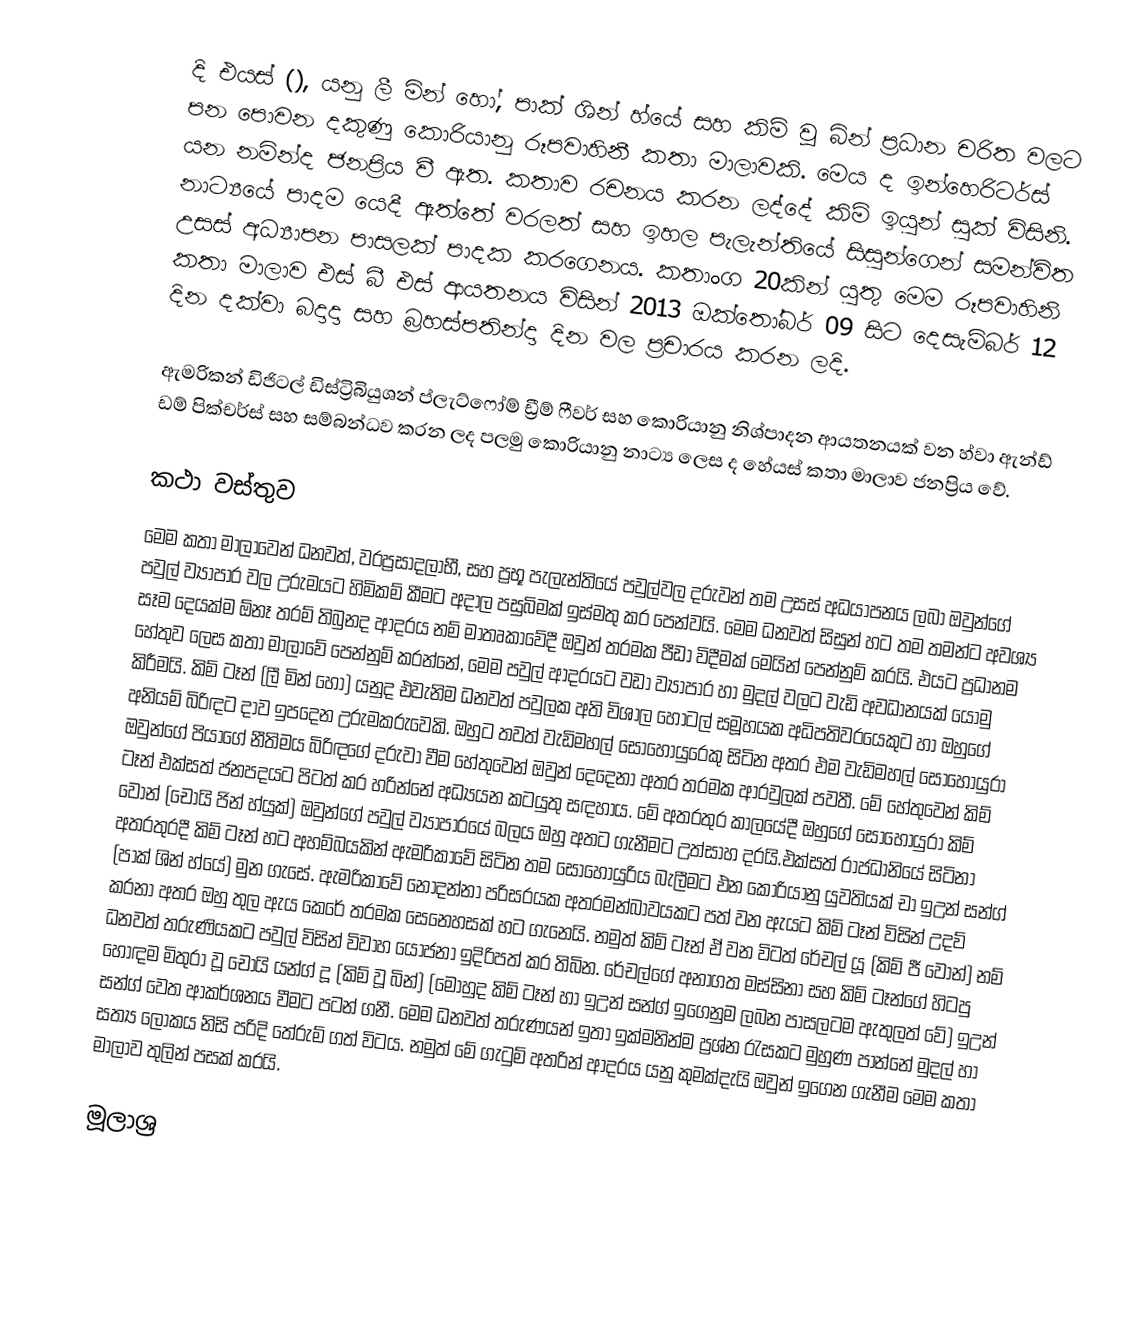
දි එයස් (), යනු ලී මින් හෝ, පාක් ශින් හ්යේ සහ කිම් වූ බින් ප්‍රධාන චරිත වලට පන පොවන දකුණු කොරියානු රූපවාහිනී කතා මාලාවකි. මෙය ද ඉන්හෙරිටර්ස් යන නමින්ද ජනප්‍රිය වී ඇත. කතාව රචනය කරන ලද්දේ කිම් ඉයුන් සුක් විසිනි. නාට්‍යයේ පාදම යෙදී ඇත්තේ වරලත් සහ ඉහල පැලැන්තියේ සිසුන්ගෙන් සමන්විත උසස් අධ්‍යාපන පාසලක් පාදක කරගෙනය. කතාංග 20කින් යුතු මෙම රූපවාහිනි කතා මාලාව එස් බී එස් ආයතනය විසින් 2013 ඔක්තෝබර් 09 සිට දෙසැම්බර් 12 දින දක්වා බදාදා සහ බ්‍රහස්පතින්දා දින වල ප්‍රචාරය කරන ලදි.

ඇමරිකන් ඩිජිටල් ඩිස්ට්‍රිබියුශන් ප්ලැට්ෆෝම් ඩ්‍රීම් ෆීවර් සහ කොරියානු නිශ්පාදන ආයතනයක් වන හ්වා ඇන්ඩ් ඩම් පික්චර්ස් සහ සම්බන්ධව කරන ලද පලමු කොරියානු නාට්‍ය ලෙස ද හේයස් කතා මාලාව ජනප්‍රිය වේ.

කථා වස්තුව
මෙම කතා මාලාවෙන් ධනවත්, වරප්‍රසාදලාභී, සහ ප්‍රභූ පැලැන්තියේ පවුල්වල දරුවන් තම උසස් අධයාපනය ලබා ඔවුන්ගේ පවුල් ව්‍යාපාර වල උරුමයට හිමිකම් කීමට අදාල පසුබිමක් ඉස්මතු කර පෙන්වයි. මෙම ධනවත් සිසුන් හට තම තමන්ට අවශ්‍ය සෑම දෙයක්ම ඕනෑ තරම් තිබුනද ආදරය නම් මාතෘකාවේදී ඔවුන්  තරමක පීඩා විදීමක් මෙයින් පෙන්නුම් කරයි. එයට ප්‍රධානම හේතුව ලෙස කතා මාලාවේ පෙන්නුම් කරන්නේ, මෙම පවුල් ආදරයට වඩා ව්‍යාපාර හා මුදල් වලට වැඩි අවධානයක් යොමු කිරීමයි. කිම් ටෑන් (ලී මින් හෝ) යනුද එවැනිම ධනවත් පවුලක අති විශාල හෝටල් සමූහයක අධිපතිවරයෙකුට හා ඔහුගේ අනියම් බිරිඳට දාව ඉපදෙන උරුමකරුවෙකි. ඔහුට තවත් වැඩිමහල් සොහොයුරෙකු සිටින අතර එම වැඩිමහල් සොහොයුරා ඔවුන්ගේ පියාගේ නීතිමය බිරිඳගේ දරුවා වීම හේතුවෙන් ඔවුන් දෙදෙනා අතර තරමක ආරවුලක් පවතී. මේ හේතුවෙන් කිම් ටෑන් එක්සත් ජනපදයට පිටත් කර හරින්නේ අධ්‍යයන කටයුතු සඳහාය. මේ අතරතුර කාලයේදී ඔහුගේ සොහොයුරා කිම් වොන් (චෝයි ජින් හ්යුක්) ඔවුන්ගේ පවුල් ව්‍යාපාරයේ බලය ඔහු අතට ගැනීමට උත්සාහ දරයි.එක්සත් රාජධානියේ සිටිනා අතරතුරදී කිම් ටෑන් හට අහම්බයකින් ඇමරිකාවේ සිටින තම සොහොයුරිය බැලීමට එන කොරියානු යුවතියක් චා ඉඋන් සන්ග් (පාක් ශින් හ්යේ) මුන ගැසේ. ඇමරිකාවේ නොදන්නා පරිසරයක අතරමන්බාවයකට පත් වන ඇයට කිම් ටෑන් විසින් උදව් කරනා අතර ඔහු තුල ඇය කෙරේ තරමක සෙනෙහසක් හට ගැනෙයි. නමුත් කිම් ටෑන් ඒ වන විටත් රේචල් යූ (කිම් ජී වොන්) නම් ධනවත් තරුණියකට පවුල් විසින් විවාහ යෝජනා ඉදිරිපත් කර තිබින. රේචල්ගේ අනාගත මස්සිනා සහ කිම් ටෑන්ගේ හිටපු හොඳම මිතුරා වූ චෝයි යන්ග් දූ (කිම් වූ බින්) (මොහුද කිම් ටෑන් හා ඉඋන් සන්ග් ඉගෙනුම ලබන පාසලටම ඇතුලත් වේ) ඉඋන් සන්ග් වෙත ආකර්ශනය වීමට පටන් ගනී. මෙම ධනවත් තරුණයන් ඉතා ඉක්මනින්ම ප්‍රශ්න රැසකට මුහුණ පාන්නේ මුදල් හා සත්‍ය ලෝකය නිසි පරිදි තේරුම් ගත් විටය. නමුත් මේ ගැටුම් අතරින් ආදරය යනු කුමක්දැයි ඔවුන් ඉගෙන ගැනීම මෙම කතා මාලාව තුලින් පසක් කරයි.

මූලාශ්‍ර